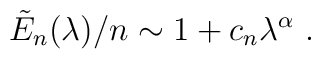
\tilde{E}_n(\lambda)/n \sim 1 + c_n \lambda^{\alpha} \ .